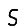
Digit: 5